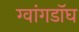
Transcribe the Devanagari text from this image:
ग्वांगडॉघ